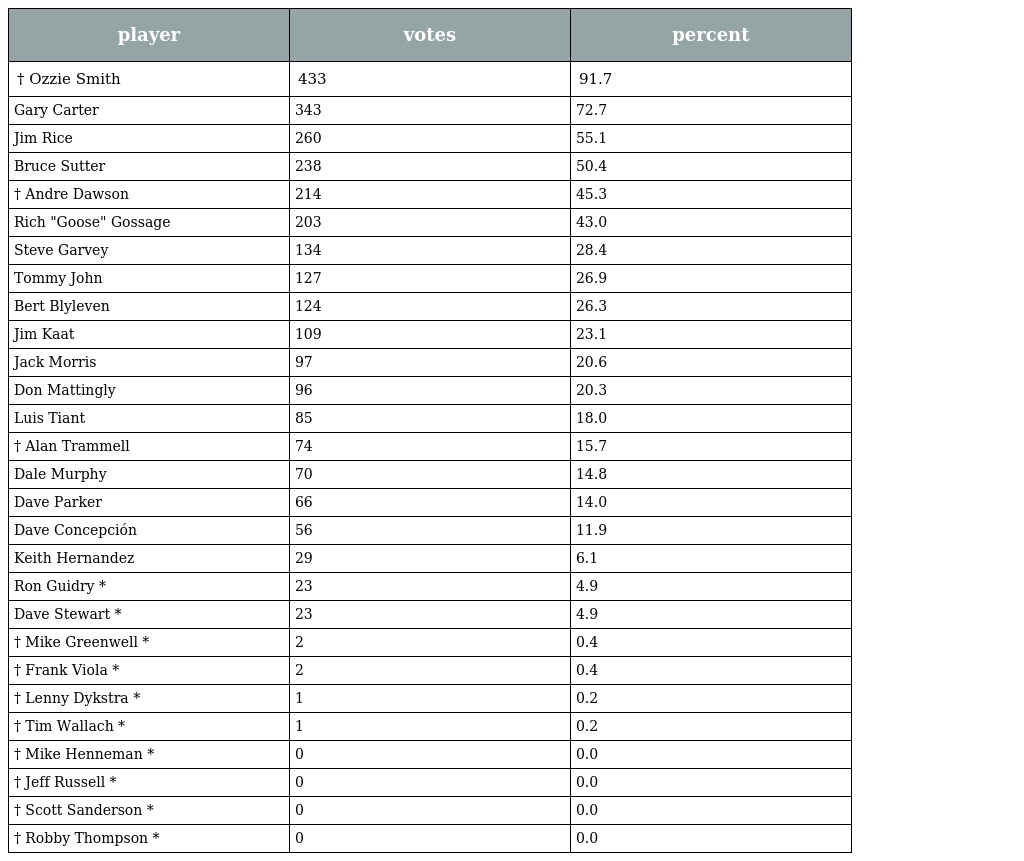
| player | votes | percent |
 | --- | --- | --- |
 | † Ozzie Smith | 433 | 91.7 |
 | Gary Carter | 343 | 72.7 |
 | Jim Rice | 260 | 55.1 |
 | Bruce Sutter | 238 | 50.4 |
 | † Andre Dawson | 214 | 45.3 |
 | Rich "Goose" Gossage | 203 | 43.0 |
 | Steve Garvey | 134 | 28.4 |
 | Tommy John | 127 | 26.9 |
 | Bert Blyleven | 124 | 26.3 |
 | Jim Kaat | 109 | 23.1 |
 | Jack Morris | 97 | 20.6 |
 | Don Mattingly | 96 | 20.3 |
 | Luis Tiant | 85 | 18.0 |
 | † Alan Trammell | 74 | 15.7 |
 | Dale Murphy | 70 | 14.8 |
 | Dave Parker | 66 | 14.0 |
 | Dave Concepción | 56 | 11.9 |
 | Keith Hernandez | 29 | 6.1 |
 | Ron Guidry * | 23 | 4.9 |
 | Dave Stewart * | 23 | 4.9 |
 | † Mike Greenwell * | 2 | 0.4 |
 | † Frank Viola * | 2 | 0.4 |
 | † Lenny Dykstra * | 1 | 0.2 |
 | † Tim Wallach * | 1 | 0.2 |
 | † Mike Henneman * | 0 | 0.0 |
 | † Jeff Russell * | 0 | 0.0 |
 | † Scott Sanderson * | 0 | 0.0 |
 | † Robby Thompson * | 0 | 0.0 |